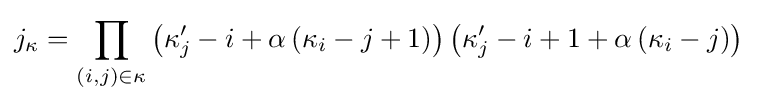
j_{\kappa }=\prod _{(i,j)\in \kappa }\left(\kappa _{j}'-i+\alpha \left(\kappa _{i}-j+1\right)\right)\left(\kappa _{j}'-i+1+\alpha \left(\kappa _{i}-j\right)\right)